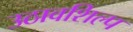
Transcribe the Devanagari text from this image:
उठावशिल्प